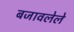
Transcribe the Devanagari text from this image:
बजावलेले